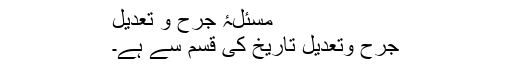
مسئلۂ جرح و تعدیل
جرح وتعدیل تاریخ کی قسم سے ہے۔